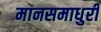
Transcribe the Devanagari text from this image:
मानसमाधुरी